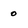
Character: 0